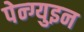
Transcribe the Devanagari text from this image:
पेन्ग्युइन